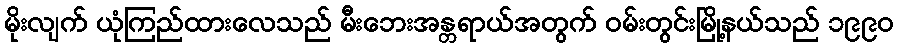
မိုးလျက် ယုံကြည်ထားလေသည် မီးဘေးအန္တရာယ်အတွက် ဝမ်းတွင်းမြို့နယ်သည် ၁၉၉၀